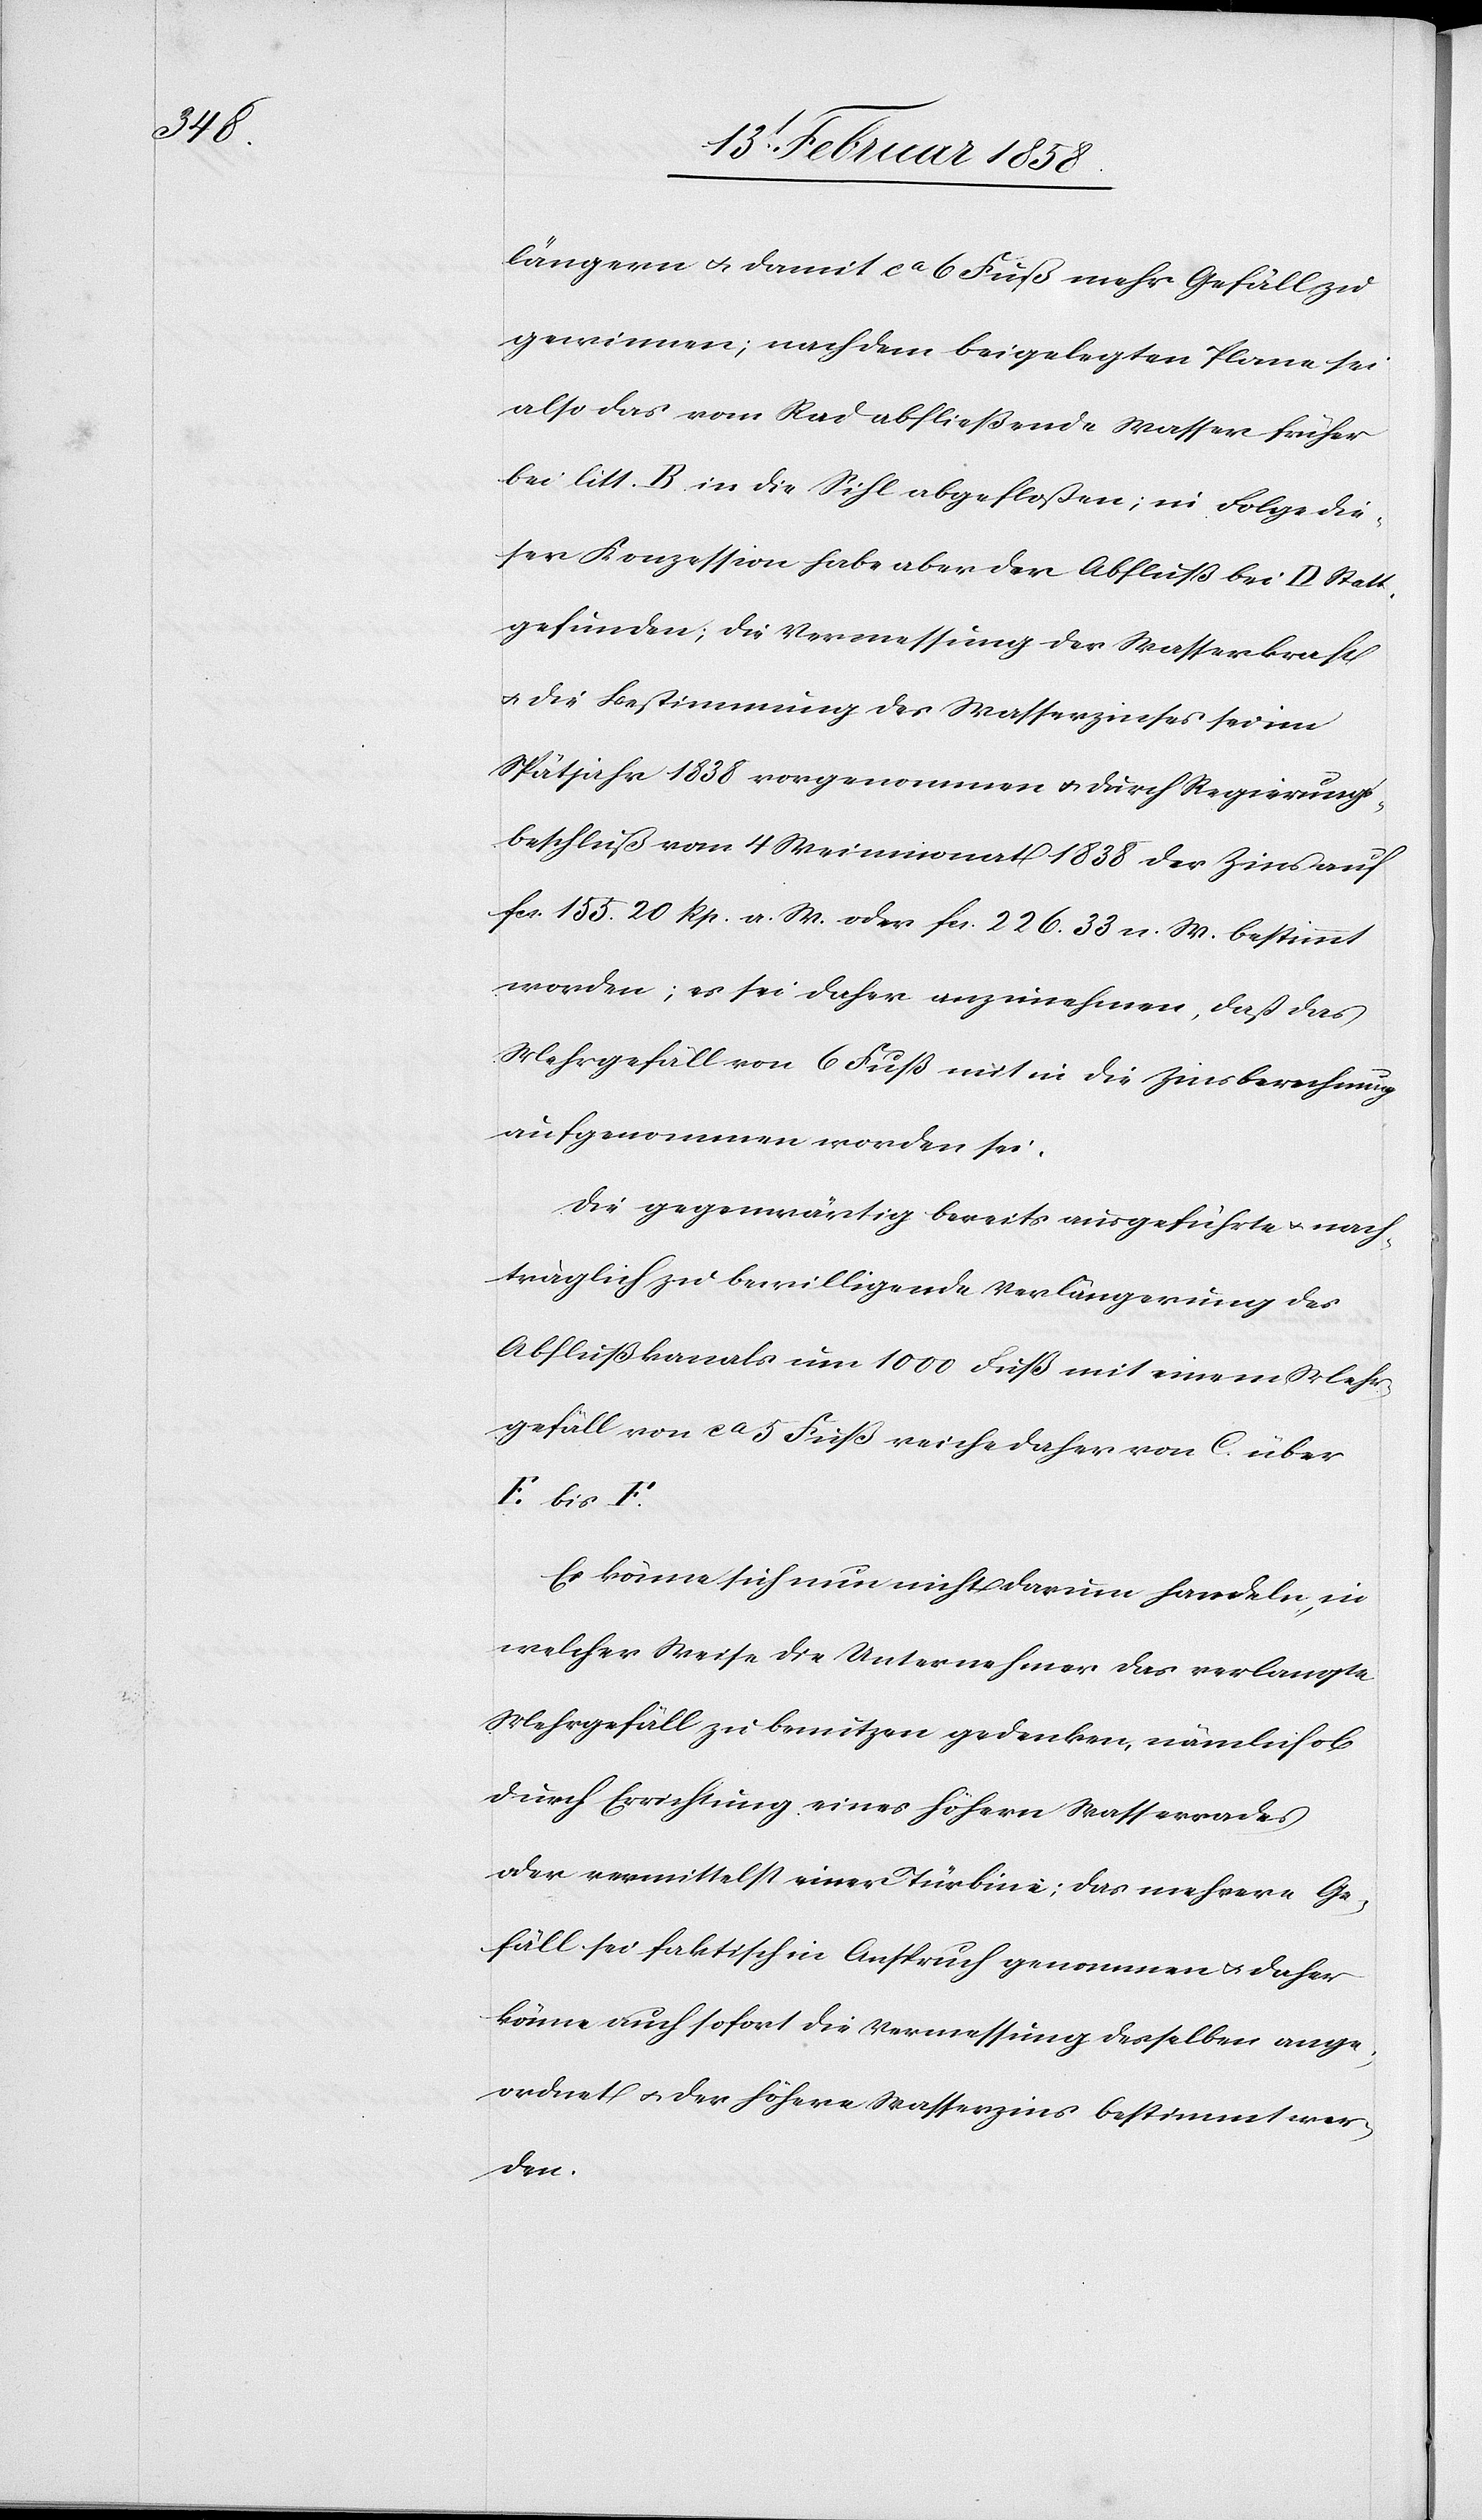
längern u. damit ca 6 Fuß mehr Gefäll zu
gewinnen; nach dem beigelegten Plane sei
also das vom Rad abfließende Wasser früher
bei litt. B in die Sihl abgefloßen; in Folge die¬
ser Konzession habe aber der Abfluß bei D Statt
gefunden; die Vermessung der Wasserkraft
u. die Bestimmung des Wasserzinses sei im
Spätjahr 1838 vorgenommen u. durch Regierungs¬
beschluß vom 4 Weinmonat 1838 der Zins auf
fcs. 155.20 Rp. a. W. oder fcs. 226.33 n. W. bestimmt
worden; es sei daher anzunehmen, daß das
Mehrgefäll von 6 Fuß mit in die Zinsberechnung
aufgenommen worden sei.
Die gegenwärtig bereits ausgeführte u. nach¬
träglich zu bewilligende Verlängerung des
Abflußkanals um 1000 Fuß mit einem Mehr¬
gefäll von ca 5 Fuß reiche daher von C über
E bis F.
Es könne sich nun nicht darum handeln, in
welcher Weise die Unternehmer das verlangte
Mehrgefäll zu benutzen gedenken, nämlich ob
durch Errichtung eines höhern Wasserrades
oder vermittelst einer Türbine; das mehrere Ge¬
fäll sei faktisch in Anspruch genommen u. daher
könne auch sofort die Vermessung desselben ange¬
ordnet u. der höhere Wasserzins bestimmt wer¬
den.